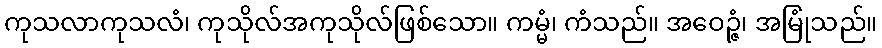
ကုသလာကုသလံ၊ ကုသိုလ်အကုသိုလ်ဖြစ်သော။ ကမ္မံ၊ ကံသည်။ အဝေဉ္ဇံ၊ အမြုံသည်။